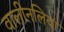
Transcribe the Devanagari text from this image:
वालीनलियां